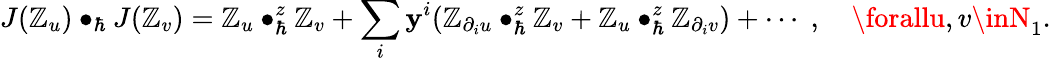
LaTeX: J(\mathbb{Z}_{u})\bullet_{\hbar}J(\mathbb{Z}_{v})=\mathbb{Z}_{u}\bullet_{\hbar}^{z}\mathbb{Z}_{v}+\sum_{i}\mathbf{y}^{i}(\mathbb{Z}_{\partial_{i}u}\bullet_{\hbar}^{z}\mathbb{Z}_{v}+\mathbb{Z}_{u}\bullet_{\hbar}^{z}\mathbb{Z}_{\partial_{i}v})+\cdots\; ,\quad\forallu,v\inN_{1}.